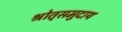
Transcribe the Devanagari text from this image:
श्रोतृसमुदाय